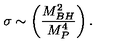
\sigma \sim \left( { \frac { M _ { B H } ^ { 2 } } { M _ { P } ^ { 4 } } } \right) .